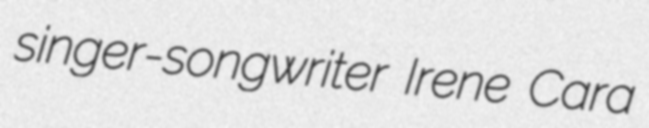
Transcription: singer-songwriter Irene Cara